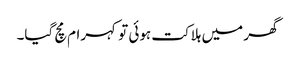
گھر میں ہلاکت ہوئی تو کہرام مچ گیا۔